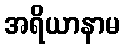
အရိယာနာမ